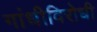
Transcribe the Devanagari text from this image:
गांधीविरोधी